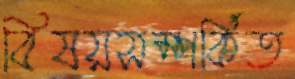
বিষয়সম্পর্কিত